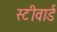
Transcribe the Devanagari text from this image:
स्टीवार्ड